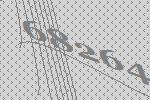
68264